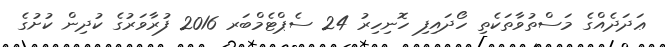
ޢަދަދެއްގެ މަސްތުވާތަކެތި ހޯދައިފި ހޮނިހިރު 24 ސެޕްޓެމްބަރ 2016 ފުރާވަރުގެ ކުދިން ކުށުގެ